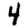
Digit: 4